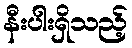
နီးပါးရှိသည့်